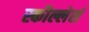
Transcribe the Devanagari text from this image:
स्कौल्लेर्स